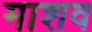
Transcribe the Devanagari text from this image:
माशव